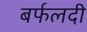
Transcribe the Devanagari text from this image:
बर्फलदी